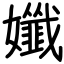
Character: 孅